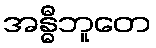
အန္ဓီဘူတေ